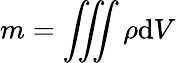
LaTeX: m=\iiint\rho\mathrm{d}V